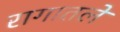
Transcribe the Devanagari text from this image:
रागातले